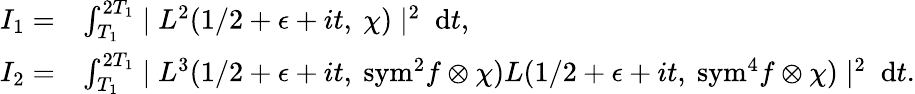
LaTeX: \begin{array}{rl}{I_{1}=}&{\int_{T_{1}}^{2T_{1}}\mid L^{2}(1/2+\epsilon+it,\ \chi)\mid^{2}\ \mathrm{d}t,}\\ {I_{2}=}&{\int_{T_{1}}^{2T_{1}}\mid L^{3}(1/2+\epsilon+it,\ {\mathrm{sym}^{2}}f\otimes\chi)L(1/2+\epsilon+it,\ \mathrm{{sym}}^{4}f\otimes\chi)\mid^{2}\ \mathrm{d}t.}\end{array}